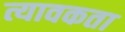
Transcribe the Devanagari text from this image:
त्यावकता